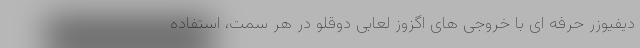
دیفیوزر حرفه ای با خروجی های اگزوز لعابی دوقلو در هر سمت، استفاده